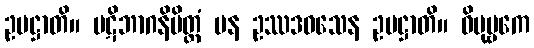
ဥပဋ္ဌာတိ။ ပဋိဘာဂနိမိတ္တံ ပန ဥဿဒဝသေန ဥပဋ္ဌာတိ။ ဝိပုဗ္ဗကေ